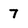
Character: 7